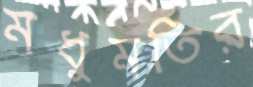
মধুমতির